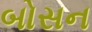
બોસન